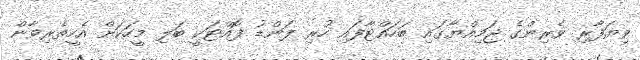
ވިޔަފާރި ވެރިންގެ ޖަމިއްޔާގައި ބަހައްޓާފައި ހުރި ފަންޑު ފޮއްޓަކީ ބަލި މީހަކަށް އެހީތެރިވާން